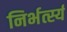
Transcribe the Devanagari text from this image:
निर्भर्त्स्य